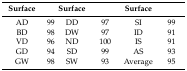
<table><thead><tr><td><b>Surface</b></td><td></td><td><b>Surface</b></td><td></td><td><b>Surface</b></td><td></td></tr></thead><tbody><tr><td>AD</td><td>99</td><td>DD</td><td>97</td><td>SI</td><td>99</td></tr><tr><td>BD</td><td>98</td><td>DW</td><td>97</td><td>ID</td><td>91</td></tr><tr><td>VD</td><td>96</td><td>ND</td><td>100</td><td>IS</td><td>91</td></tr><tr><td>GD</td><td>94</td><td>SD</td><td>99</td><td>AS</td><td>93</td></tr><tr><td>GW</td><td>98</td><td>SW</td><td>93</td><td>Average</td><td>95</td></tr></tbody></table>